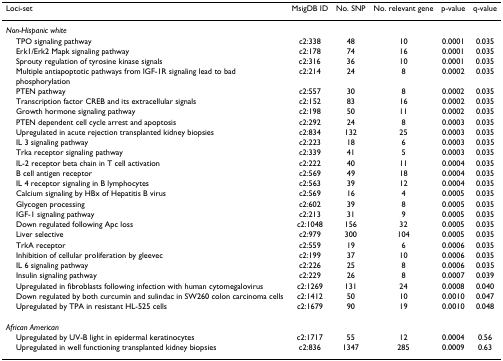
<table><thead><tr><td><b>Loci-set</b></td><td><b>MsigDB ID</b></td><td><b>No. SNP</b></td><td><b>No. relevant gene</b></td><td><b>p-value</b></td><td><b>q-value</b></td></tr></thead><tbody><tr><td><i>Non-Hispanic white</i></td><td></td><td></td><td></td><td></td><td></td></tr><tr><td> TPO signaling pathway</td><td>c2:338</td><td>48</td><td>10</td><td>0.0001</td><td>0.035</td></tr><tr><td> Erk1/Erk2 Mapk signaling pathway</td><td>c2:178</td><td>74</td><td>16</td><td>0.0001</td><td>0.035</td></tr><tr><td> Sprouty regulation of tyrosine kinase signals</td><td>c2:316</td><td>36</td><td>10</td><td>0.0001</td><td>0.035</td></tr><tr><td> Multiple antiapoptotic pathways from IGF-1R signaling lead to bad phosphorylation</td><td>c2:214</td><td>24</td><td>8</td><td>0.0002</td><td>0.035</td></tr><tr><td> PTEN pathway</td><td>c2:557</td><td>30</td><td>8</td><td>0.0002</td><td>0.035</td></tr><tr><td> Transcription factor CREB and its extracellular signals</td><td>c2:152</td><td>83</td><td>16</td><td>0.0002</td><td>0.035</td></tr><tr><td> Growth hormone signaling pathway</td><td>c2:198</td><td>50</td><td>11</td><td>0.0002</td><td>0.035</td></tr><tr><td> PTEN dependent cell cycle arrest and apoptosis</td><td>c2:292</td><td>24</td><td>8</td><td>0.0003</td><td>0.035</td></tr><tr><td> Upregulated in acute rejection transplanted kidney biopsies</td><td>c2:834</td><td>132</td><td>25</td><td>0.0003</td><td>0.035</td></tr><tr><td> IL 3 signaling pathway</td><td>c2:223</td><td>18</td><td>6</td><td>0.0003</td><td>0.035</td></tr><tr><td> Trka receptor signaling pathway</td><td>c2:339</td><td>41</td><td>5</td><td>0.0003</td><td>0.035</td></tr><tr><td> IL-2 receptor beta chain in T cell activation</td><td>c2:222</td><td>40</td><td>11</td><td>0.0004</td><td>0.035</td></tr><tr><td> B cell antigen receptor</td><td>c2:569</td><td>49</td><td>18</td><td>0.0004</td><td>0.035</td></tr><tr><td> IL 4 receptor signaling in B lymphocytes</td><td>c2:563</td><td>39</td><td>12</td><td>0.0004</td><td>0.035</td></tr><tr><td> Calcium signaling by HBx of Hepatitis B virus</td><td>c2:569</td><td>16</td><td>4</td><td>0.0005</td><td>0.035</td></tr><tr><td> Glycogen processing</td><td>c2:602</td><td>39</td><td>8</td><td>0.0005</td><td>0.035</td></tr><tr><td> IGF-1 signaling pathway</td><td>c2:213</td><td>31</td><td>9</td><td>0.0005</td><td>0.035</td></tr><tr><td> Down regulated following Apc loss</td><td>c2:1048</td><td>156</td><td>32</td><td>0.0005</td><td>0.035</td></tr><tr><td> Liver selective</td><td>c2:979</td><td>300</td><td>104</td><td>0.0005</td><td>0.035</td></tr><tr><td> TrkA receptor</td><td>c2:559</td><td>19</td><td>6</td><td>0.0006</td><td>0.035</td></tr><tr><td> Inhibition of cellular proliferation by gleevec</td><td>c2:199</td><td>37</td><td>10</td><td>0.0006</td><td>0.035</td></tr><tr><td> IL 6 signaling pathway</td><td>c2:226</td><td>25</td><td>8</td><td>0.0006</td><td>0.035</td></tr><tr><td> Insulin signaling pathway</td><td>c2:229</td><td>26</td><td>8</td><td>0.0007</td><td>0.039</td></tr><tr><td> Upregulated in fibroblasts following infection with human cytomegalovirus</td><td>c2:1269</td><td>131</td><td>24</td><td>0.0008</td><td>0.040</td></tr><tr><td> Down regulated by both curcumin and sulindac in SW260 colon carcinoma cells</td><td>c2:1412</td><td>50</td><td>10</td><td>0.0010</td><td>0.047</td></tr><tr><td> Upregulated by TPA in resistant HL-525 cells</td><td>c2:1679</td><td>90</td><td>19</td><td>0.0010</td><td>0.048</td></tr><tr><td><i>African American</i></td><td></td><td></td><td></td><td></td><td></td></tr><tr><td> Upregulated by UV-B light in epidermal keratinocytes</td><td>c2:1717</td><td>55</td><td>12</td><td>0.0004</td><td>0.56</td></tr><tr><td> Upregulated in well functioning transplanted kidney biopsies</td><td>c2:836</td><td>1347</td><td>285</td><td>0.0009</td><td>0.63</td></tr></tbody></table>